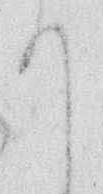
て